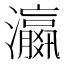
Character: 𬉩